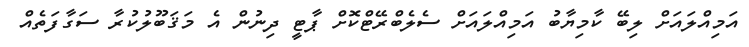
އަމިއްލައަށް ލިބޭ ކާމިޔާބު އަމިއްލައަށް ސެލެބްރޭޓްކޮށް ޕާޓީ ދިނުން އެ މަޤަބޫލުކުރާ ސަގާފަތެއް